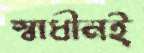
স্বাধীনই